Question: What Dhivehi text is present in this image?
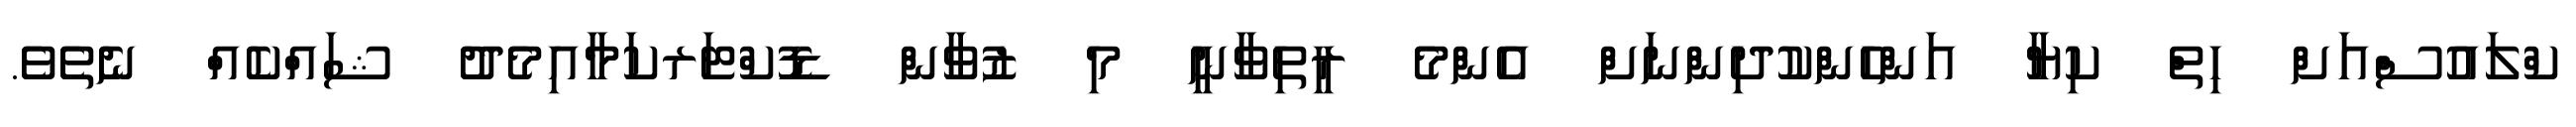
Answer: ކްލައުސްއަށް ހިތް ކިޔާ އަންހެންކުދިންނަށް އެންމެ ރީތިވާނީ މި ޒުވާން ޑޮކްޓަރކަމާއިމެދު ޝައްކެއް ނެތެވެ.